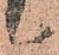
候